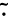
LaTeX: \widetilde{\cdot}